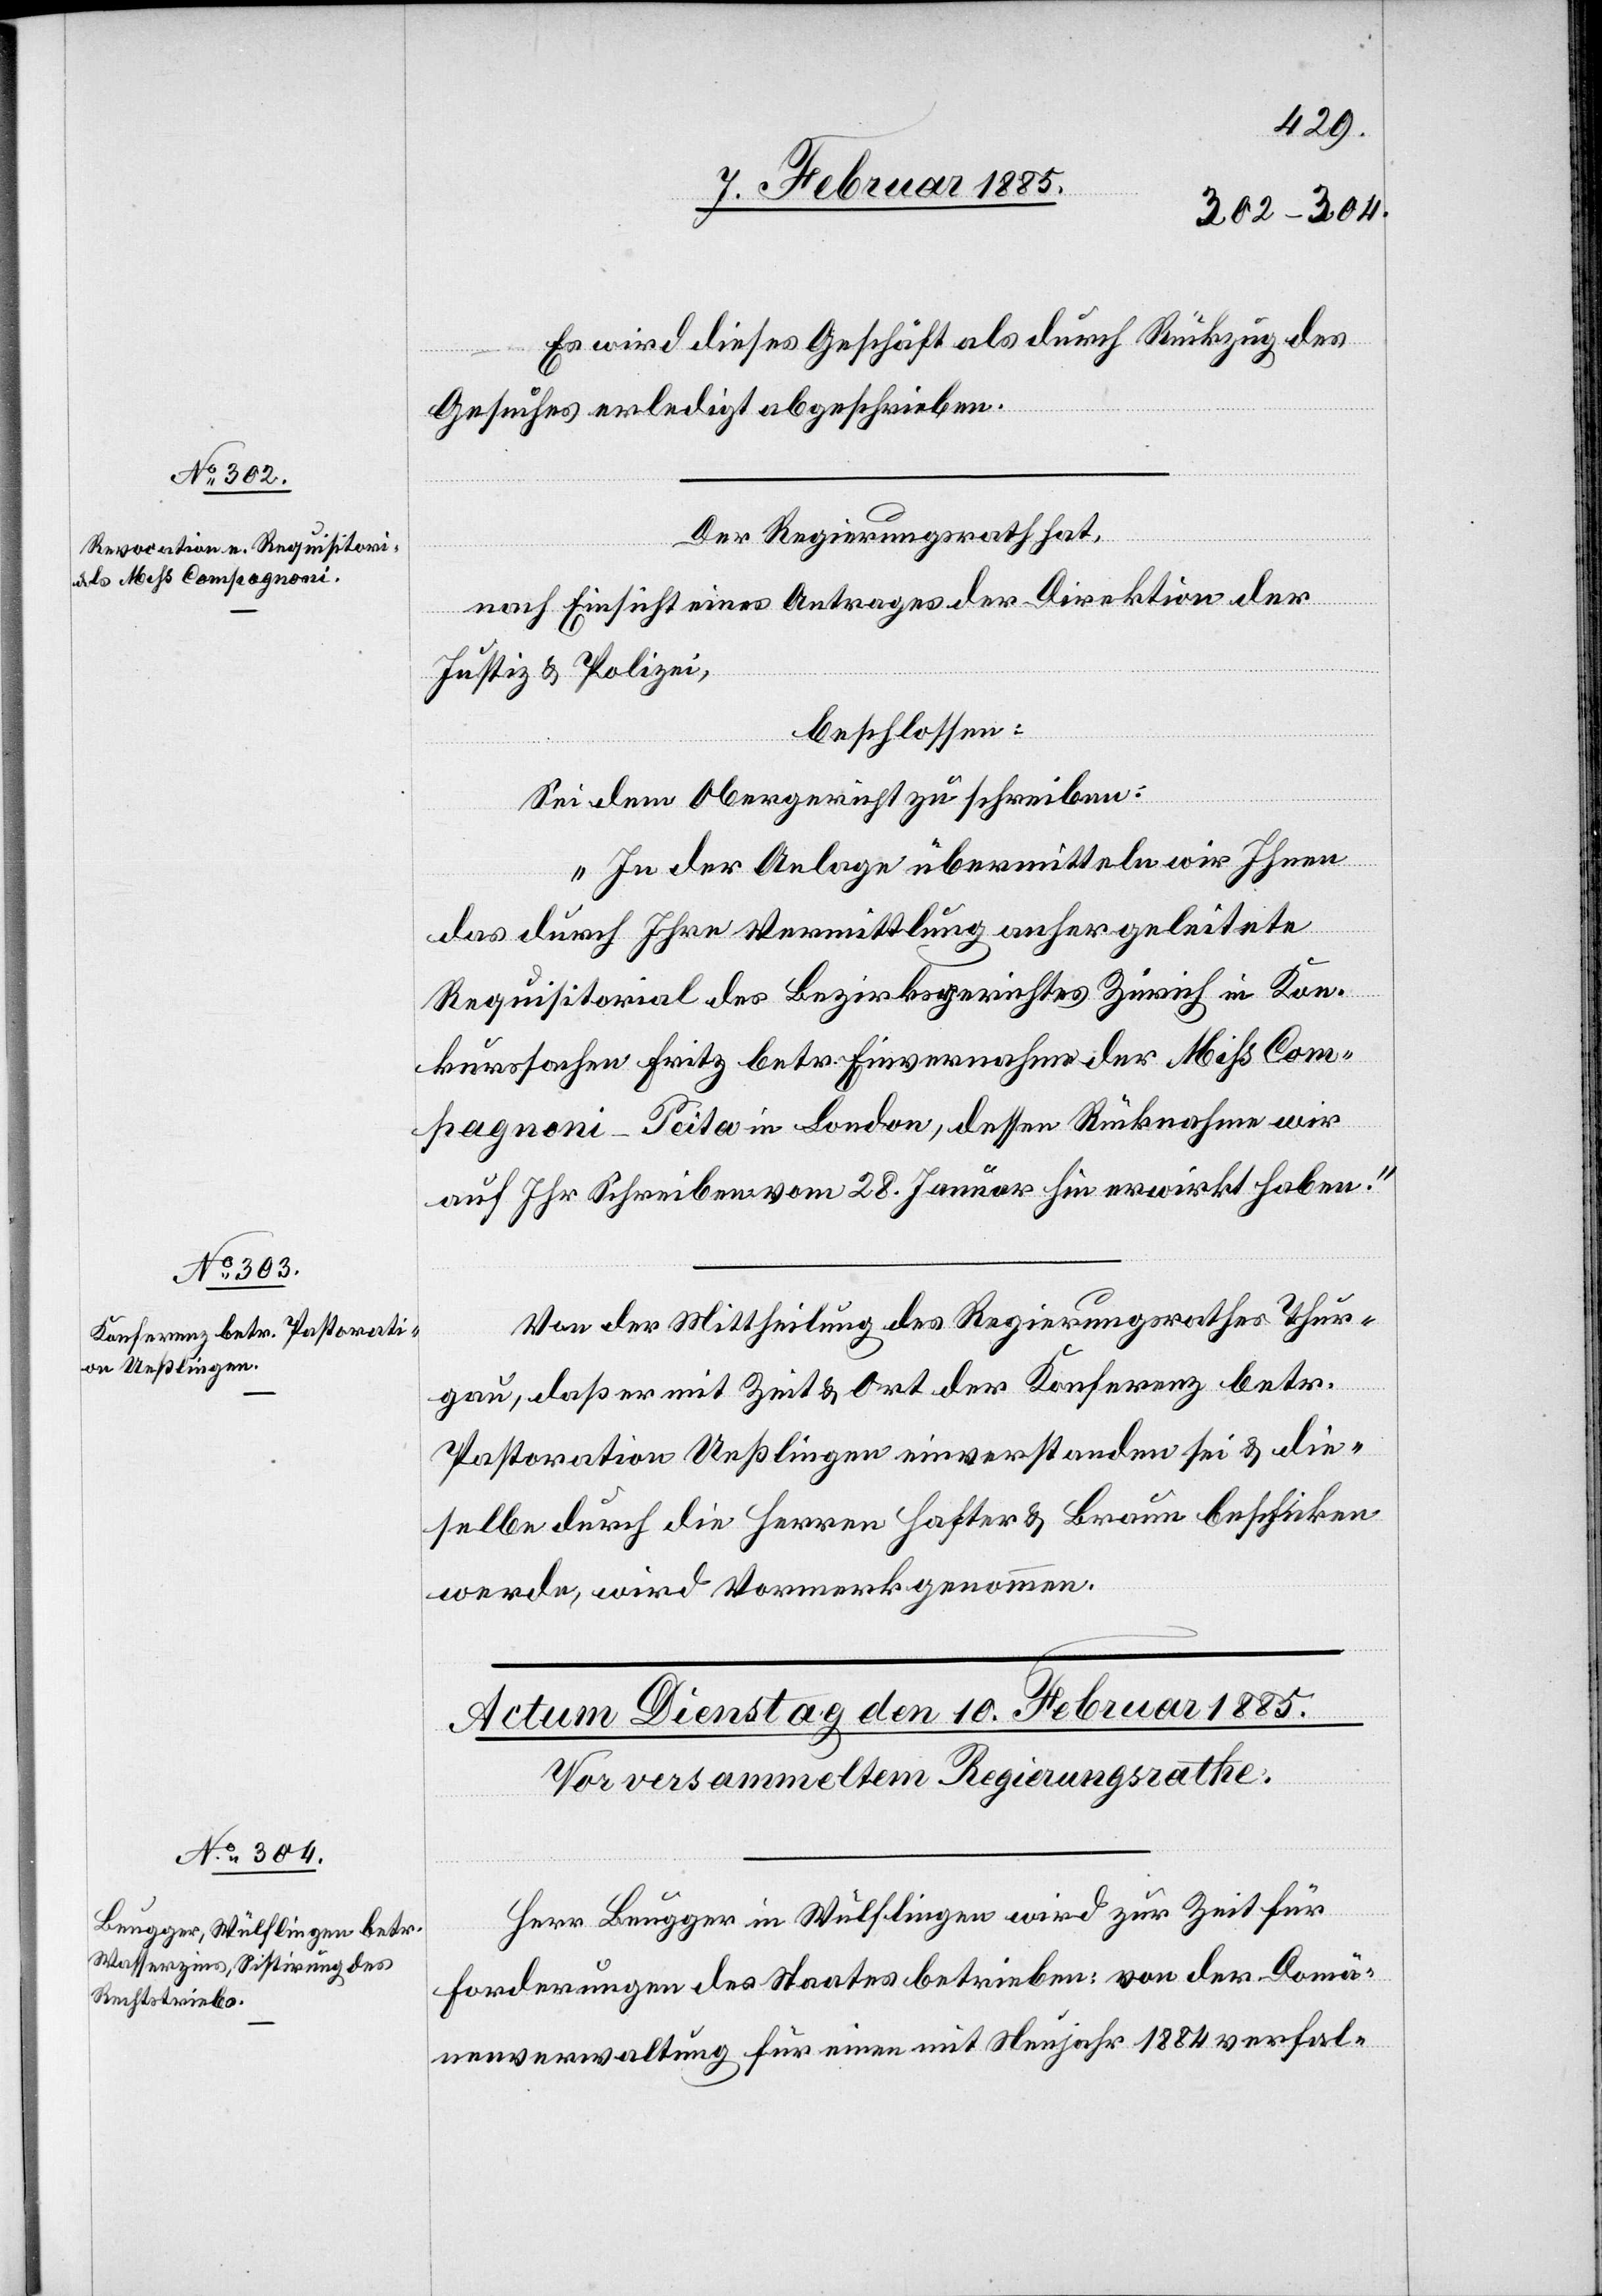
9. Februar 1885.]
Es wird dieses Geschäft als durch Rückzug des
Gesuches erledigt abgeschrieben.
Der Regierungsrath hat,
nach Einsicht eines Antrages der Direktion der
Justiz & Polizei,
beschlossen:
Sei dem Obergericht zu schreiben:
„In der Anlage übermitteln wir Ihnen
das durch Ihre Vermittlung anher geleitete
Requisitorial des Bezirksgerichtes Zürich in Kon¬
kurssachen Fritz betr. Einvernahme der Miß Com¬
pagnoni-Peita in London, dessen Rücknahme wir
auf Ihr Schreibe vom 28. Januar hin erwirkt haben.“
Von der Mittheilung des Regierungsrathes Thur¬
gau, daß er mit Zeit & Ort der Konferenz betr.
Pastoration Ueßlingen einverstanden sei & die¬
selbe durch die Herren Hafter & Braun beschicken
werde, wird Vormerk genommen.
Herr Beugger in Wülflingen wird zur Zeit für
Forderungen des Staates betrieben: von der Domä¬
nenverwaltung für einen mit Neujahr 1884 verfal-